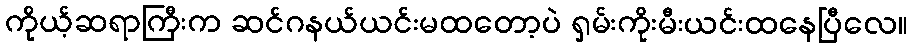
ကိုယ့်ဆရာကြီးက ဆင်ဂနယ်ယင်းမထတော့ပဲ ရှမ်းကိုးမီးယင်းထနေပြီလေ။